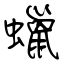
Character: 蠟